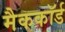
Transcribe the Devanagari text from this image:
मैककॉर्ड